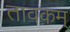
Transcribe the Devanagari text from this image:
तावकम्